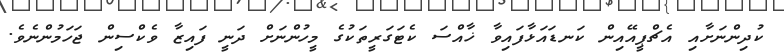
ކުދިންނަށާއި އެޗްޕީއޭއިން ކަނޑައަޅާފައިވާ ޚާއްސަ ކެޓަގަރީތަކުގެ މީހުންނަށް ދަނީ ފައިޒާ ވެކްސިން ޖަހަމުންނެވެ.